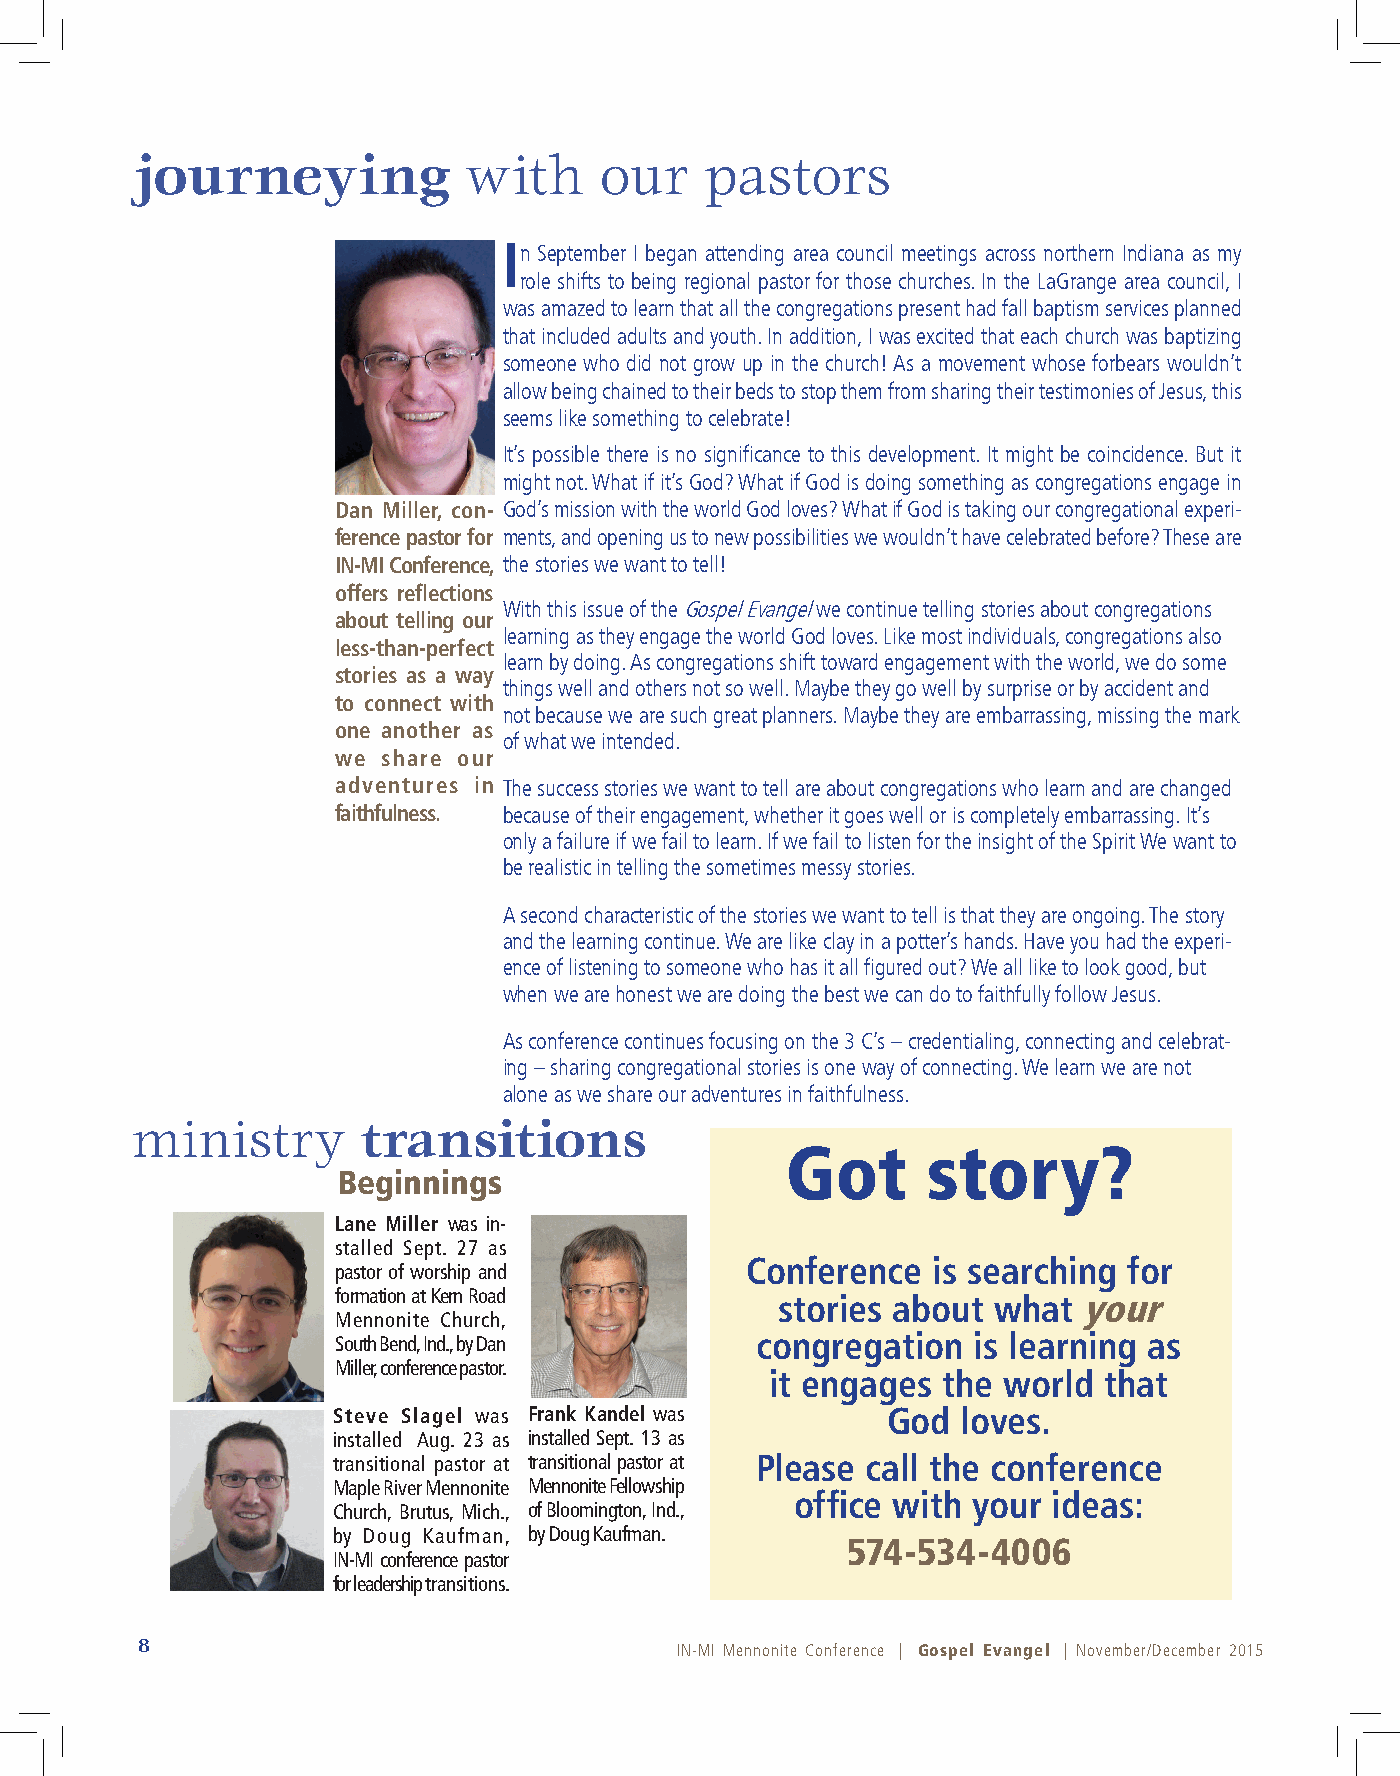
journeying            with     our    pastors
 In September I began attending area council meetings across northern Indiana as my
 role shifts to being regional pastor for those churches. In the LaGrange area council, I
 was amazed to learn that all the congregations present had fall baptism services planned
 that included adults and youth. In addition, I was excited that each church was baptizing
 someone who did not grow up in the church! As a movement whose forbears wouldn’t
 allow being chained to their beds to stop them from sharing their testimonies of Jesus, this
 seems like something to celebrate!
 It’s possible there is no significance to this development. It might be coincidence. But it
 might not. What if it’s God? What if God is doing something as congregations engage in
 Dan Miller, con- God’s mission with the world God loves? What if God is taking our congregational experi-
 ference pastor for ments, and opening us to new possibilities we wouldn’t have celebrated before? These are
 IN-MI Conference, the stories we want to tell!
 offers reflections
 With this issue of the Gospel Evangel we continue telling stories about congregations
 about telling our
 learning as they engage the world God loves. Like most individuals, congregations also
 less-than-perfect
 learn by doing. As congregations shift toward engagement with the world, we do some
 stories as a way
 things well and others not so well. Maybe they go well by surprise or by accident and
 to connect with
 not because we are such great planners. Maybe they are embarrassing, missing the mark
 one another as
 of what we intended.
 we share our
 adventures in The success stories we want to tell are about congregations who learn and are changed
 faithfulness. because of their engagement, whether it goes well or is completely embarrassing. It’s
 only a failure if we fail to learn. If we fail to listen for the insight of the Spirit We want to
 be realistic in telling the sometimes messy stories.
 A second characteristic of the stories we want to tell is that they are ongoing. The story
 and the learning continue. We are like clay in a potter’s hands. Have you had the experi-
 ence of listening to someone who has it all figured out? We all like to look good, but
 when we are honest we are doing the best we can do to faithfully follow Jesus.
 As conference continues focusing on the 3 C’s – credentialing, connecting and celebrat-
 ing – sharing congregational stories is one way of connecting. We learn we are not
 alone as we share our adventures in faithfulness.
 ministry       transitions
 Got      story?
 Beginnings
 Lane Miller was in-
 stalled Sept. 27 as
 Conference   is searching for
 pastor of worship and
 formation at Kern Road
 stories about what  your
 Mennonite Church,
 South Bend, Ind., by Dan    congregation  is learning as
 Miller, conference pastor.
 it engages the world  that
 Steve Slagel was Frank Kandel was    God  loves.
 installed Aug. 23 as installed Sept. 13 as
 transitional pastor at transitional pastor at Please call the conference
 Maple River Mennonite Mennonite Fellowship
 office with your ideas:
 Church, Brutus, Mich., of Bloomington, Ind.,
 by Doug Kaufman, by Doug Kaufman.
 574-534-4006
 IN-MI conference pastor
 for leadership transitions.
 8                                   IN-MI Mennonite Conference | Gospel Evangel | November/December 2015